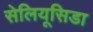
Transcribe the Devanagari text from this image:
सेलियूसिडा